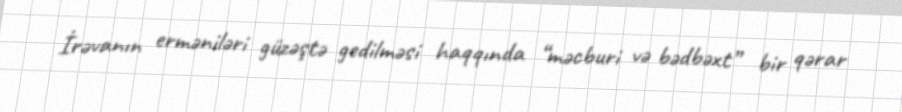
İrəvanın erməniləri güzəştə gedilməsi haqqında “məcburi və bədbəxt” bir qərar